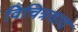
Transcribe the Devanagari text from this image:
विचित्रवाद